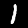
Digit: 1